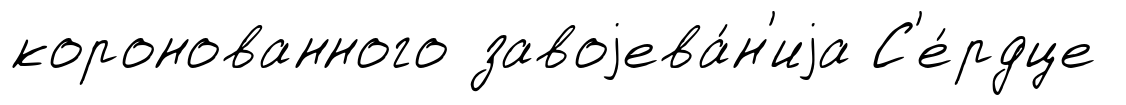
коронованного завоjева́н'иjа С'е́рдце